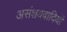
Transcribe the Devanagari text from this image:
असंशयवादियों